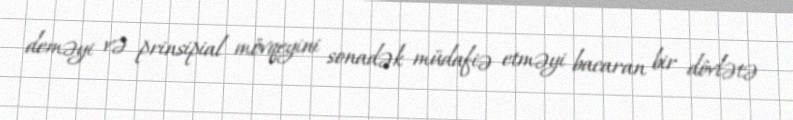
deməyi və prinsipial mövqeyini sonadək müdafiə etməyi bacaran bir dövlətə